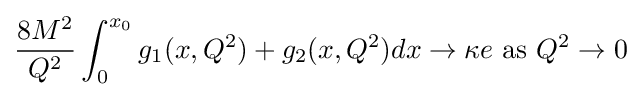
{\frac {8M^{2}}{Q^{2}}}\int _{0}^{x_{0}}g_{1}(x,Q^{2})+g_{2}(x,Q^{2})dx\to \kappa e{\text{ as }}Q^{2}\to 0